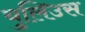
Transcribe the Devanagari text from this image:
युलिउस